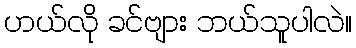
ဟယ်လို ခင်ဗျား ဘယ်သူပါလဲ။